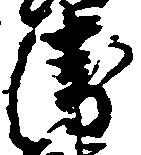
衛